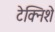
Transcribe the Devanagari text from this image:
टेक्निशे